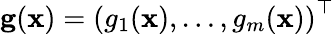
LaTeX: \mathbf{g}(\mathbf{x})=\left(g_{1}(\mathbf{x}),\ldots,g_{m}(\mathbf{x})\right)^{\top}